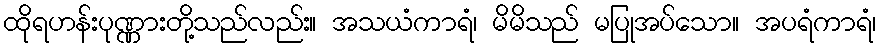
ထိုရဟန်းပုဏ္ဏားတို့သည်လည်း။ အသယံကာရံ၊ မိမိသည် မပြုအပ်သော။ အပရံကာရံ၊